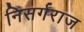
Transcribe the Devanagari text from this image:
निसर्गराज